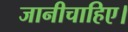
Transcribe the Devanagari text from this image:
जानीचाहिए।